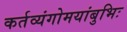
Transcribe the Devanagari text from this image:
कर्तव्यंगोमयांबुभिः